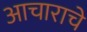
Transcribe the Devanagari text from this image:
आचाराचे